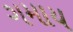
ગમાય